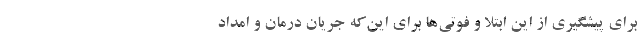
برای پیشگیری از این ابتلا و فوتی‌ها برای این‌که جریان درمان و امداد